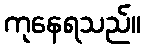
ကုနေရသည်။